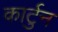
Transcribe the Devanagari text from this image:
कार्टुन